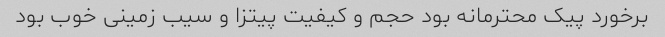
برخورد پیک محترمانه بود حجم و کیفیت پیتزا و سیب زمینی خوب بود